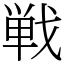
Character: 戦